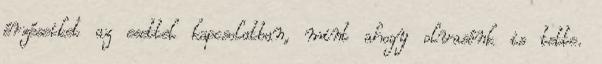
érzéseiket az esettel kapcsolatban, mint ahogy olvasónk is tette.